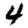
Digit: 4